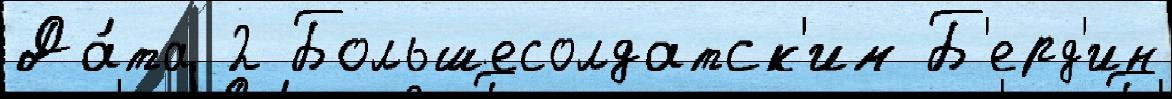
Да́та 2 Большесолдатск'им Б'ерд'ин